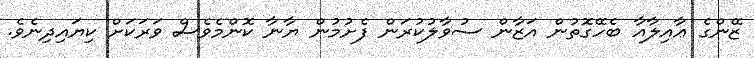
ޒޭންގެ ޢާއިލާއާ ބެހޭގޮތުން އަޒާން ސުވާލުކުރަން ފެށުމުން ޔާނާ ކޮންމެވެސް ވަރަކަށް ކިޔައިދިނެވެ.